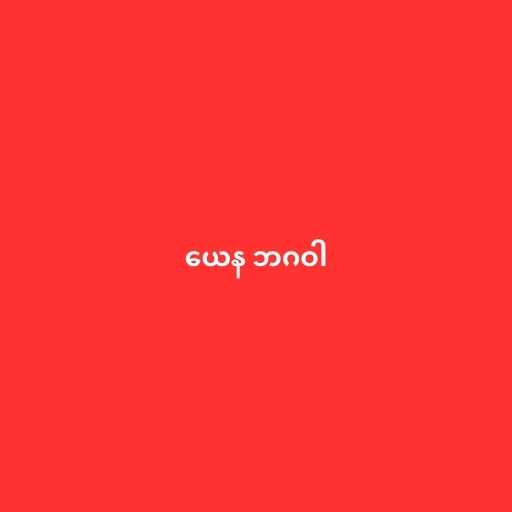
ယေန ဘဂဝါ